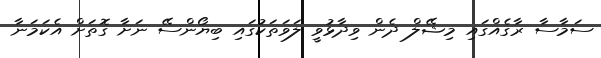
ސަމާސާ ރާގެއްގައި މިޝޭލް ދެން ވިދާޅުވީ ލަވަތަކުގައި ބިޔޯންސޭ ނަށާ ގޮތަށް އެކަމަނާ